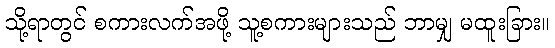
သို့ရာတွင် စကားလက်အဖို့ သူ့စကားများသည် ဘာမျှ မထူးခြား။